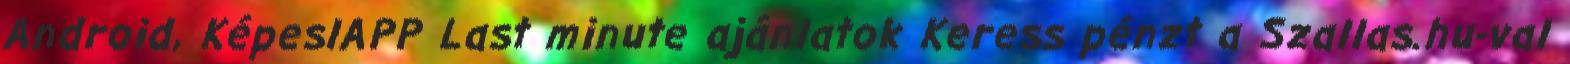
Android, KépeslAPP Last minute ajánlatok Keress pénzt a Szallas.hu-val